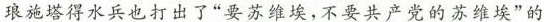
琅施塔得水兵也打出了”要苏维埃，不要共产党的苏维埃”的